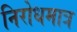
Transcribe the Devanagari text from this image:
निरोधमात्र